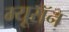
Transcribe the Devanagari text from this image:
म्यूरॉन